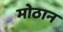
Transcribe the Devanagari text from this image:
मोठान